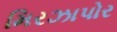
મિરઝાપોર